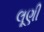
લૂણી